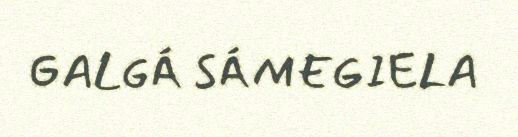
GALGÁ SÁMEGIELA